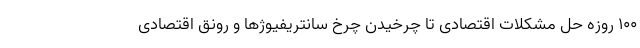
۱۰۰ روزه حل مشکلات اقتصادی تا چرخیدن چرخ سانتریفیوژها و رونق اقتصادی